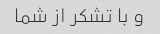
و با تشکر از شما